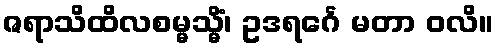
ဇရာသိထိလစမ္မသ္မိံ၊ ဥဒရင်္ဂေ မတာ ဝလိ။